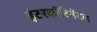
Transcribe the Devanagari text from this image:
इंटरकॉंटिनेंटल